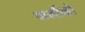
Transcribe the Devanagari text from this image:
वालोंको